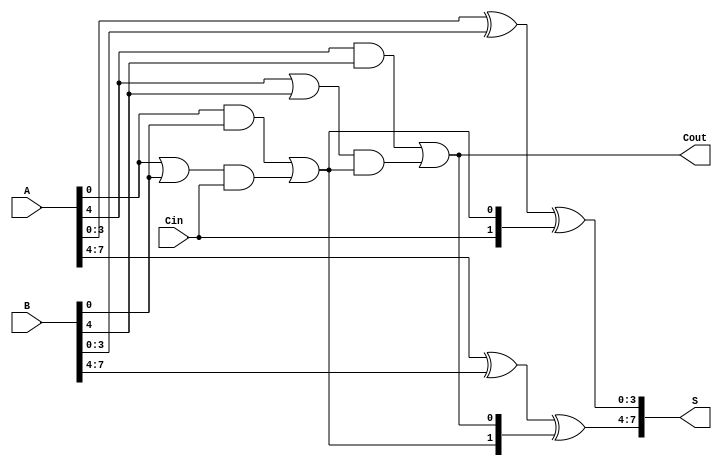
module PrecomputationCarryAdder (
    input [7:0] A,      // First operand
    input [7:0] B,      // Second operand
    input Cin,          // Carry-in
    output [7:0] S,     // Sum output
    output Cout         // Carry-out
);

    // Intermediate signals for carry computation
    wire [1:0] carry_out; // Carry out for each group
    wire [3:0] group_sum [1:0]; // Sum for each group

    // Grouping: Group 0 (A[3:0], B[3:0]), Group 1 (A[7:4], B[7:4])
    
    // Group 0 (First 4 bits)
    wire g0 = A[3:0] & B[3:0]; // Generate for group 0
    wire p0 = A[3:0] | B[3:0]; // Propagate for group 0

    assign group_sum[0] = A[3:0] ^ B[3:0] ^ {Cin, carry_out[0]}; // Sum for group 0
    assign carry_out[0] = g0 | (p0 & Cin); // Carry-out for group 0

    // Group 1 (Next 4 bits)
    wire g1 = A[7:4] & B[7:4]; // Generate for group 1
    wire p1 = A[7:4] | B[7:4]; // Propagate for group 1
    
    assign group_sum[1] = A[7:4] ^ B[7:4] ^ {carry_out[0], carry_out[1]}; // Sum for group 1
    assign carry_out[1] = g1 | (p1 & carry_out[0]); // Carry-out for group 1

    // Final Sum and Carry-out
    assign S = {group_sum[1], group_sum[0]};
    assign Cout = carry_out[1];

endmodule